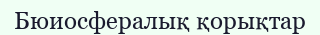
Бюиосфералық қорықтар